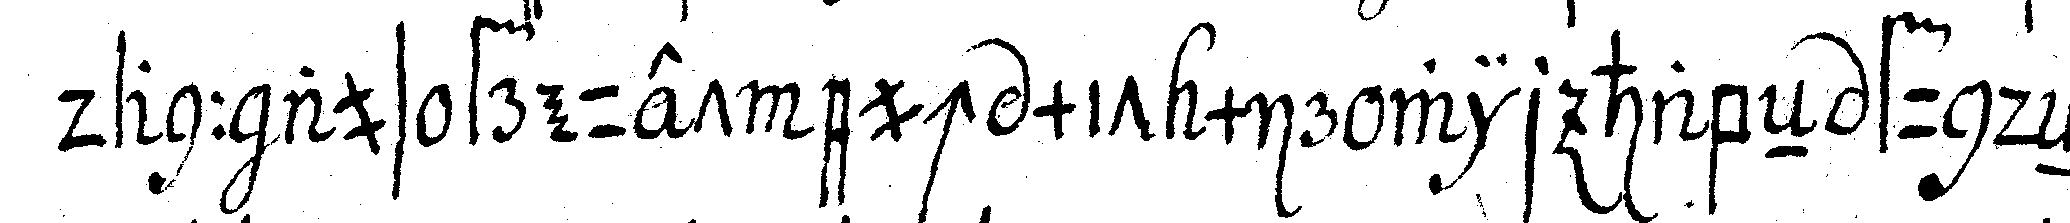
dann aus freuet euch mit mir wir habeN fundeN